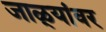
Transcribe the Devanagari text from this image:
जाळ्यांवर